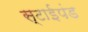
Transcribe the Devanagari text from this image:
स्टाईपंड